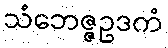
သံဘေဇ္ဇဥဒကံ